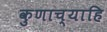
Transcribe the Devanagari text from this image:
कुणाच्याहि